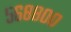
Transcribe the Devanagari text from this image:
५६८८००